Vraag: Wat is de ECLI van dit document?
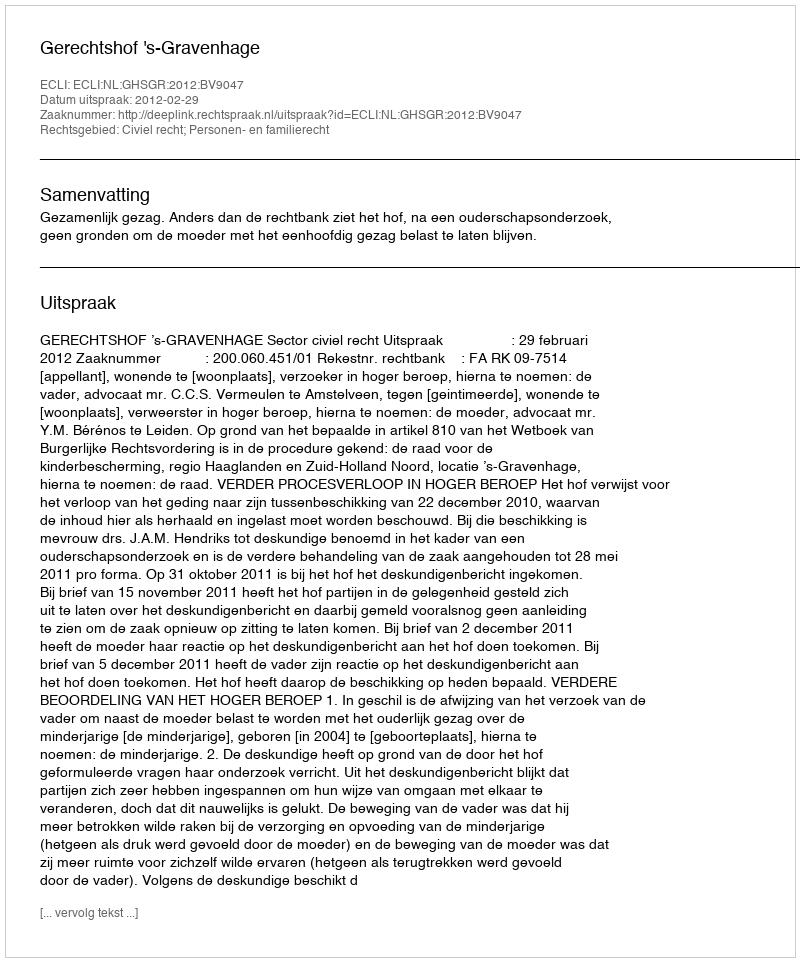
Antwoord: ECLI:NL:GHSGR:2012:BV9047